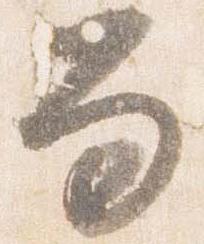
笏